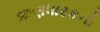
ઋણધારકની